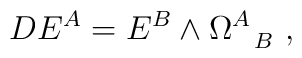
D E^A = E^B \wedge \Omega^A_{~~B}~,